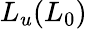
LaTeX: L_{u}(L_{0})